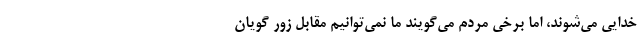
خدایی می‌شوند، اما برخی مردم می‌گویند ما نمی‌توانیم مقابل زور گویان